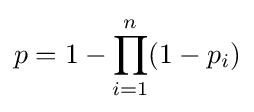
{p}=1-\prod _{i=1}^{n}(1-p_{i})